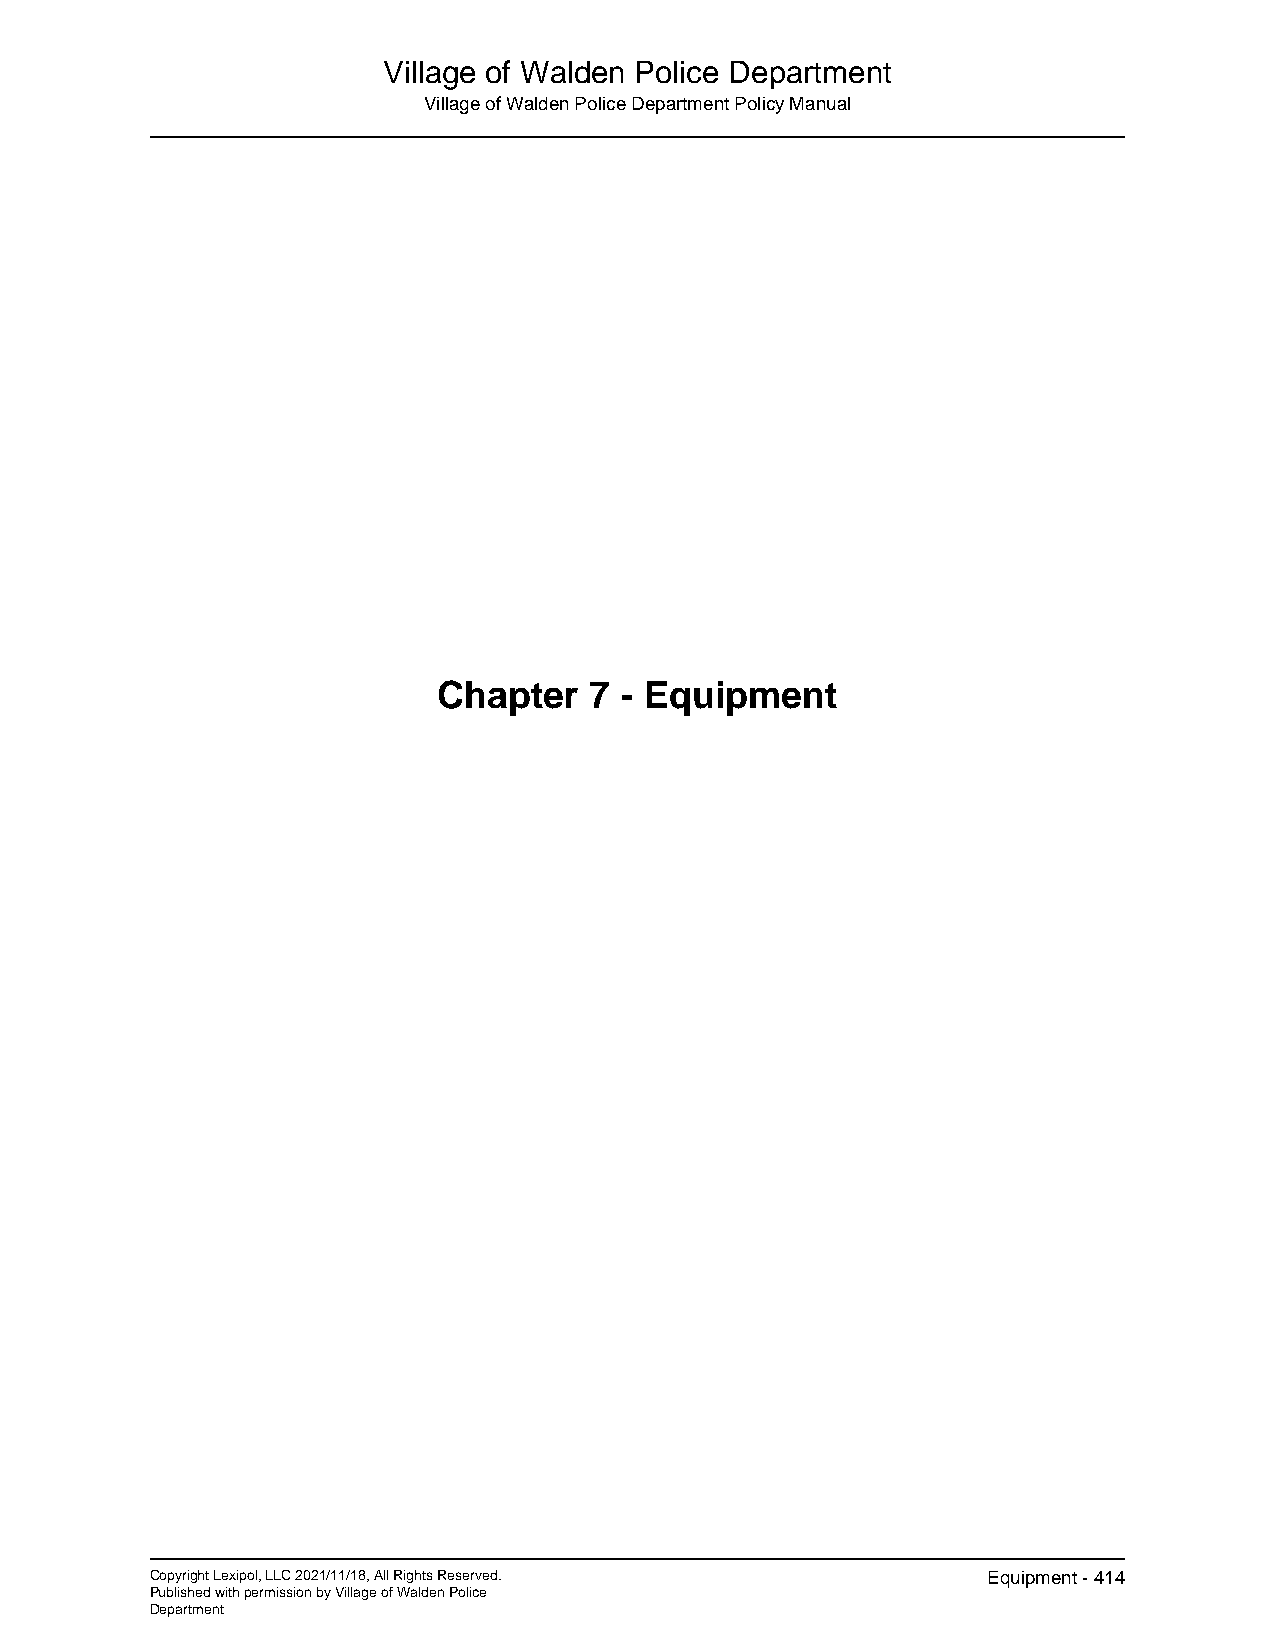
Village of Walden Police Department
 Village of Walden Police Department Policy Manual
 Chapter   7 - Equipment
 Copyright Lexipol, LLC 2021/11/18, All Rights Reserved. Equipment - 414
 Published with permission by Village of Walden Police
 Department